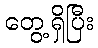
တွေ့ရှိပြီး